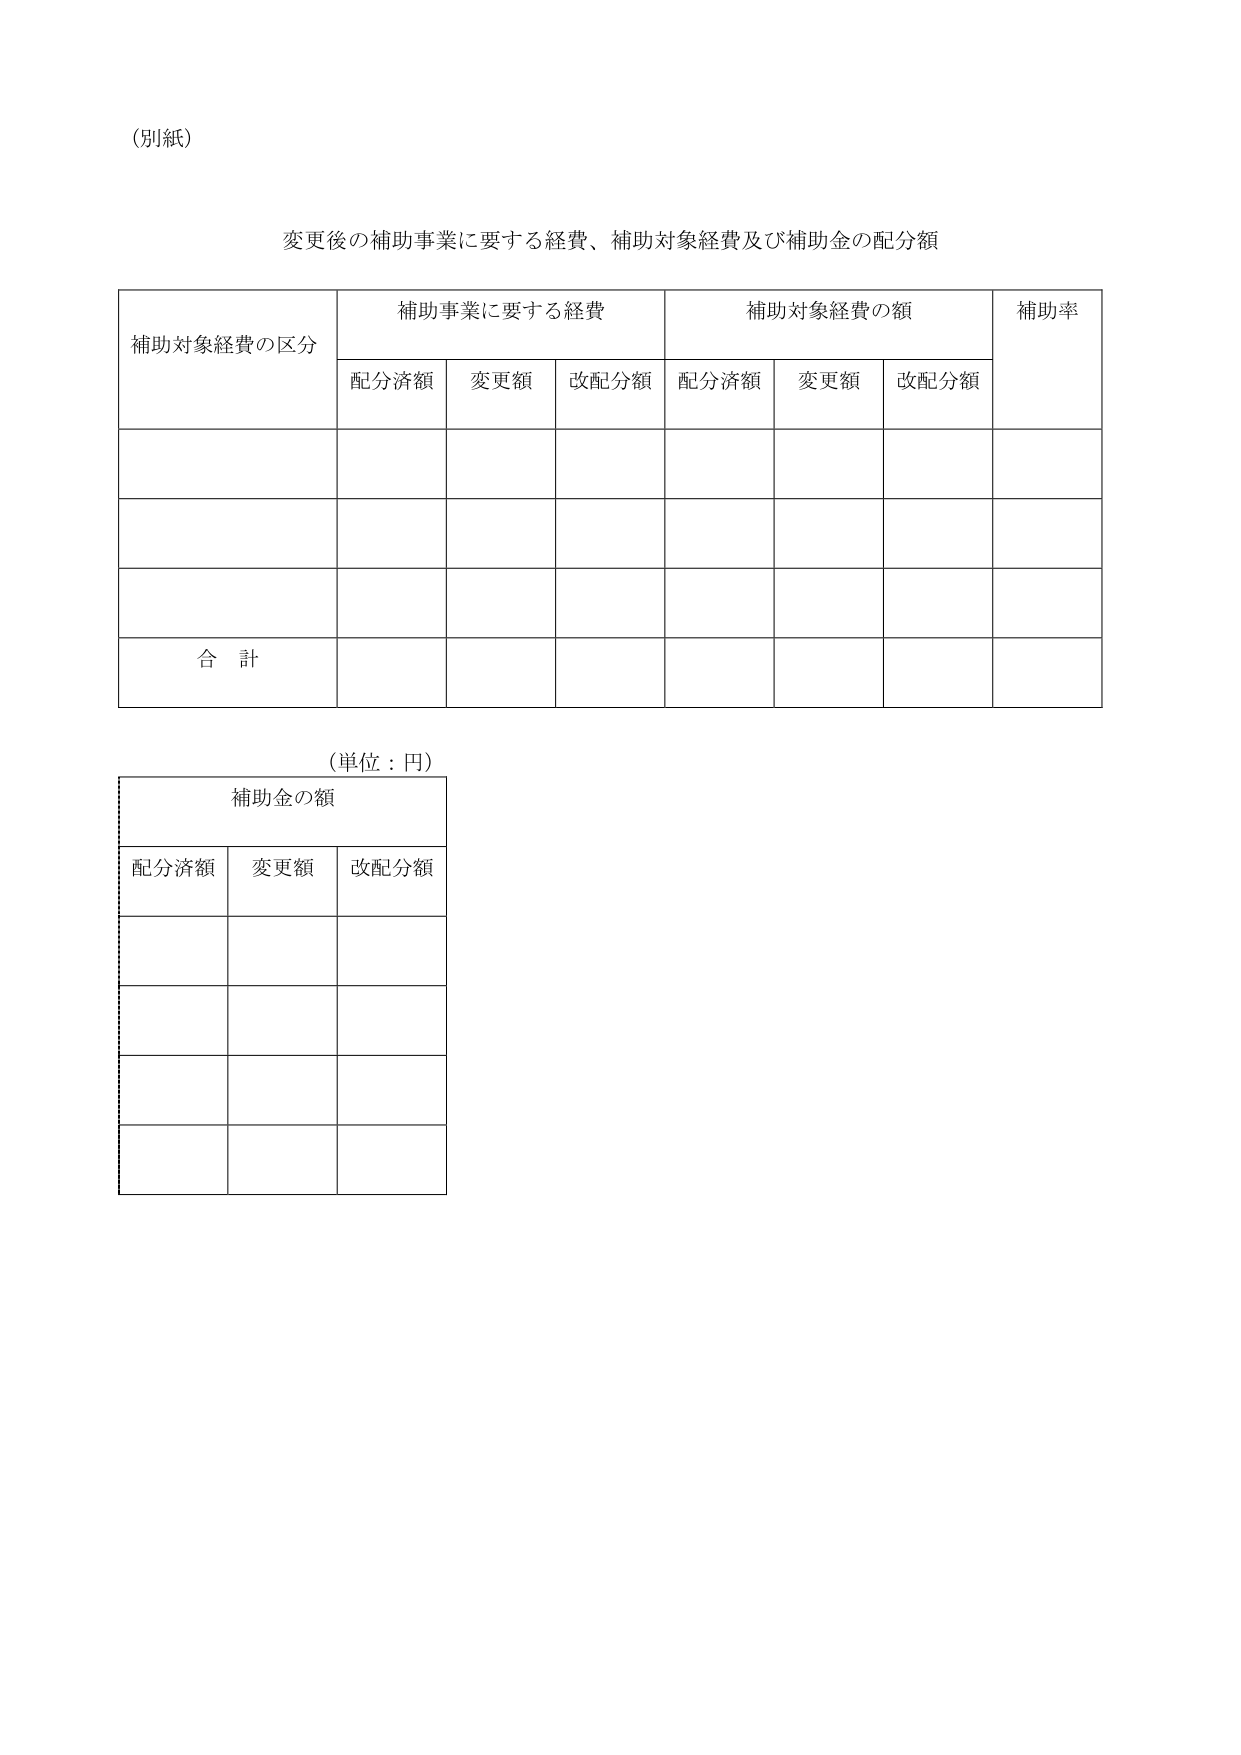
（別紙）

変更後の補助事業に要する経費、補助対象経費及び補助金の配分額

補助対象経費の区分　補助事業に要する経費　補助対象経費の額　補助率
　　　　　　　　　配分済額　変更額　改配分額　配分済額　変更額　改配分額

合 計

（単位：円）

補助金の額
配分済額　変更額　改配分額